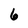
Character: 6